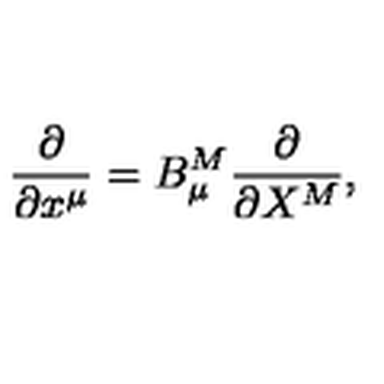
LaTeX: \frac { \partial } { \partial x ^ { \mu } } = B _ { \mu } ^ { M } \frac { \partial } { \partial X ^ { M } } ,